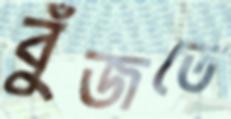
বুঁজতে